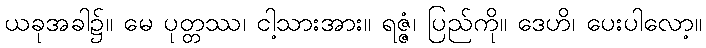
ယခုအခါ၌။ မေ ပုတ္တဿ၊ ငါ့သားအား။ ရဇ္ဇံ၊ ပြည်ကို။ ဒေဟိ၊ ပေးပါလော့။